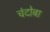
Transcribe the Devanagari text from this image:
चंदोबा